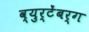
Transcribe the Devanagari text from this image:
व्युर्टेंबर्ग